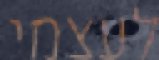
לעצמי